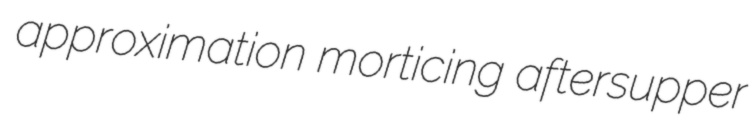
approximation morticing aftersupper